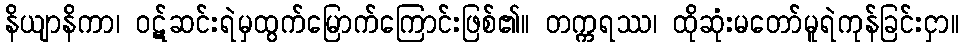
နိယျာနိကာ၊ ဝဋ်ဆင်းရဲမှထွက်မြောက်ကြောင်းဖြစ်၏။ တက္ကရဿ၊ ထိုဆုံးမတော်မူရဲကုန်ခြင်းငှာ။